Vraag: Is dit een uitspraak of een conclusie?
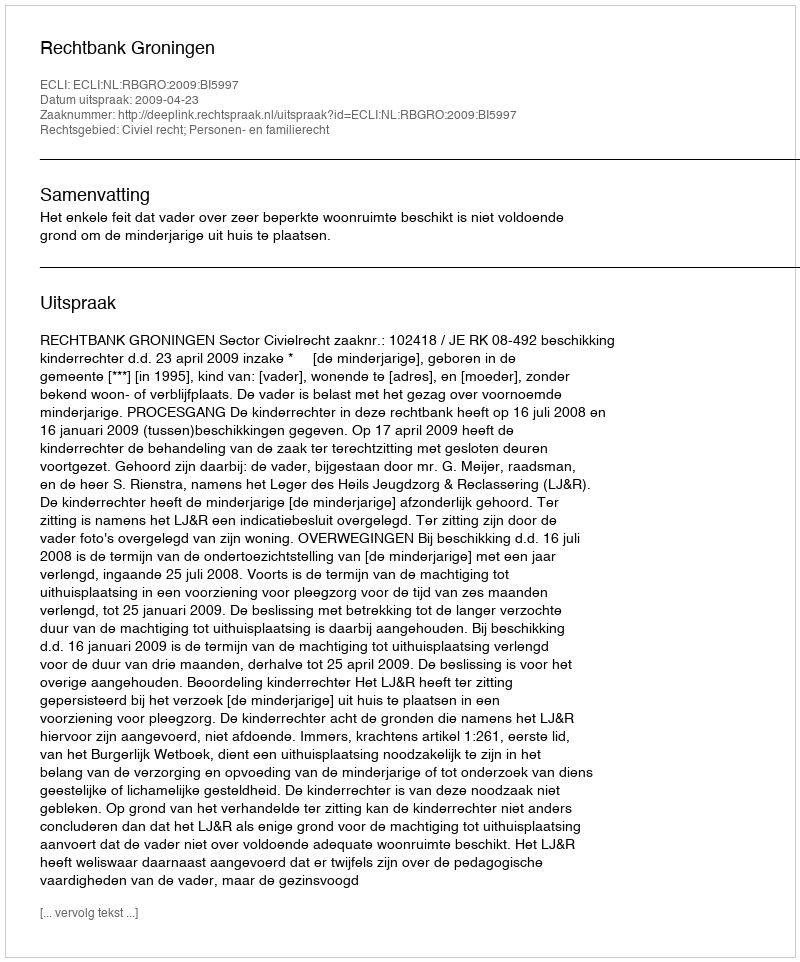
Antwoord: Uitspraak